Riigikantselei, lk 152
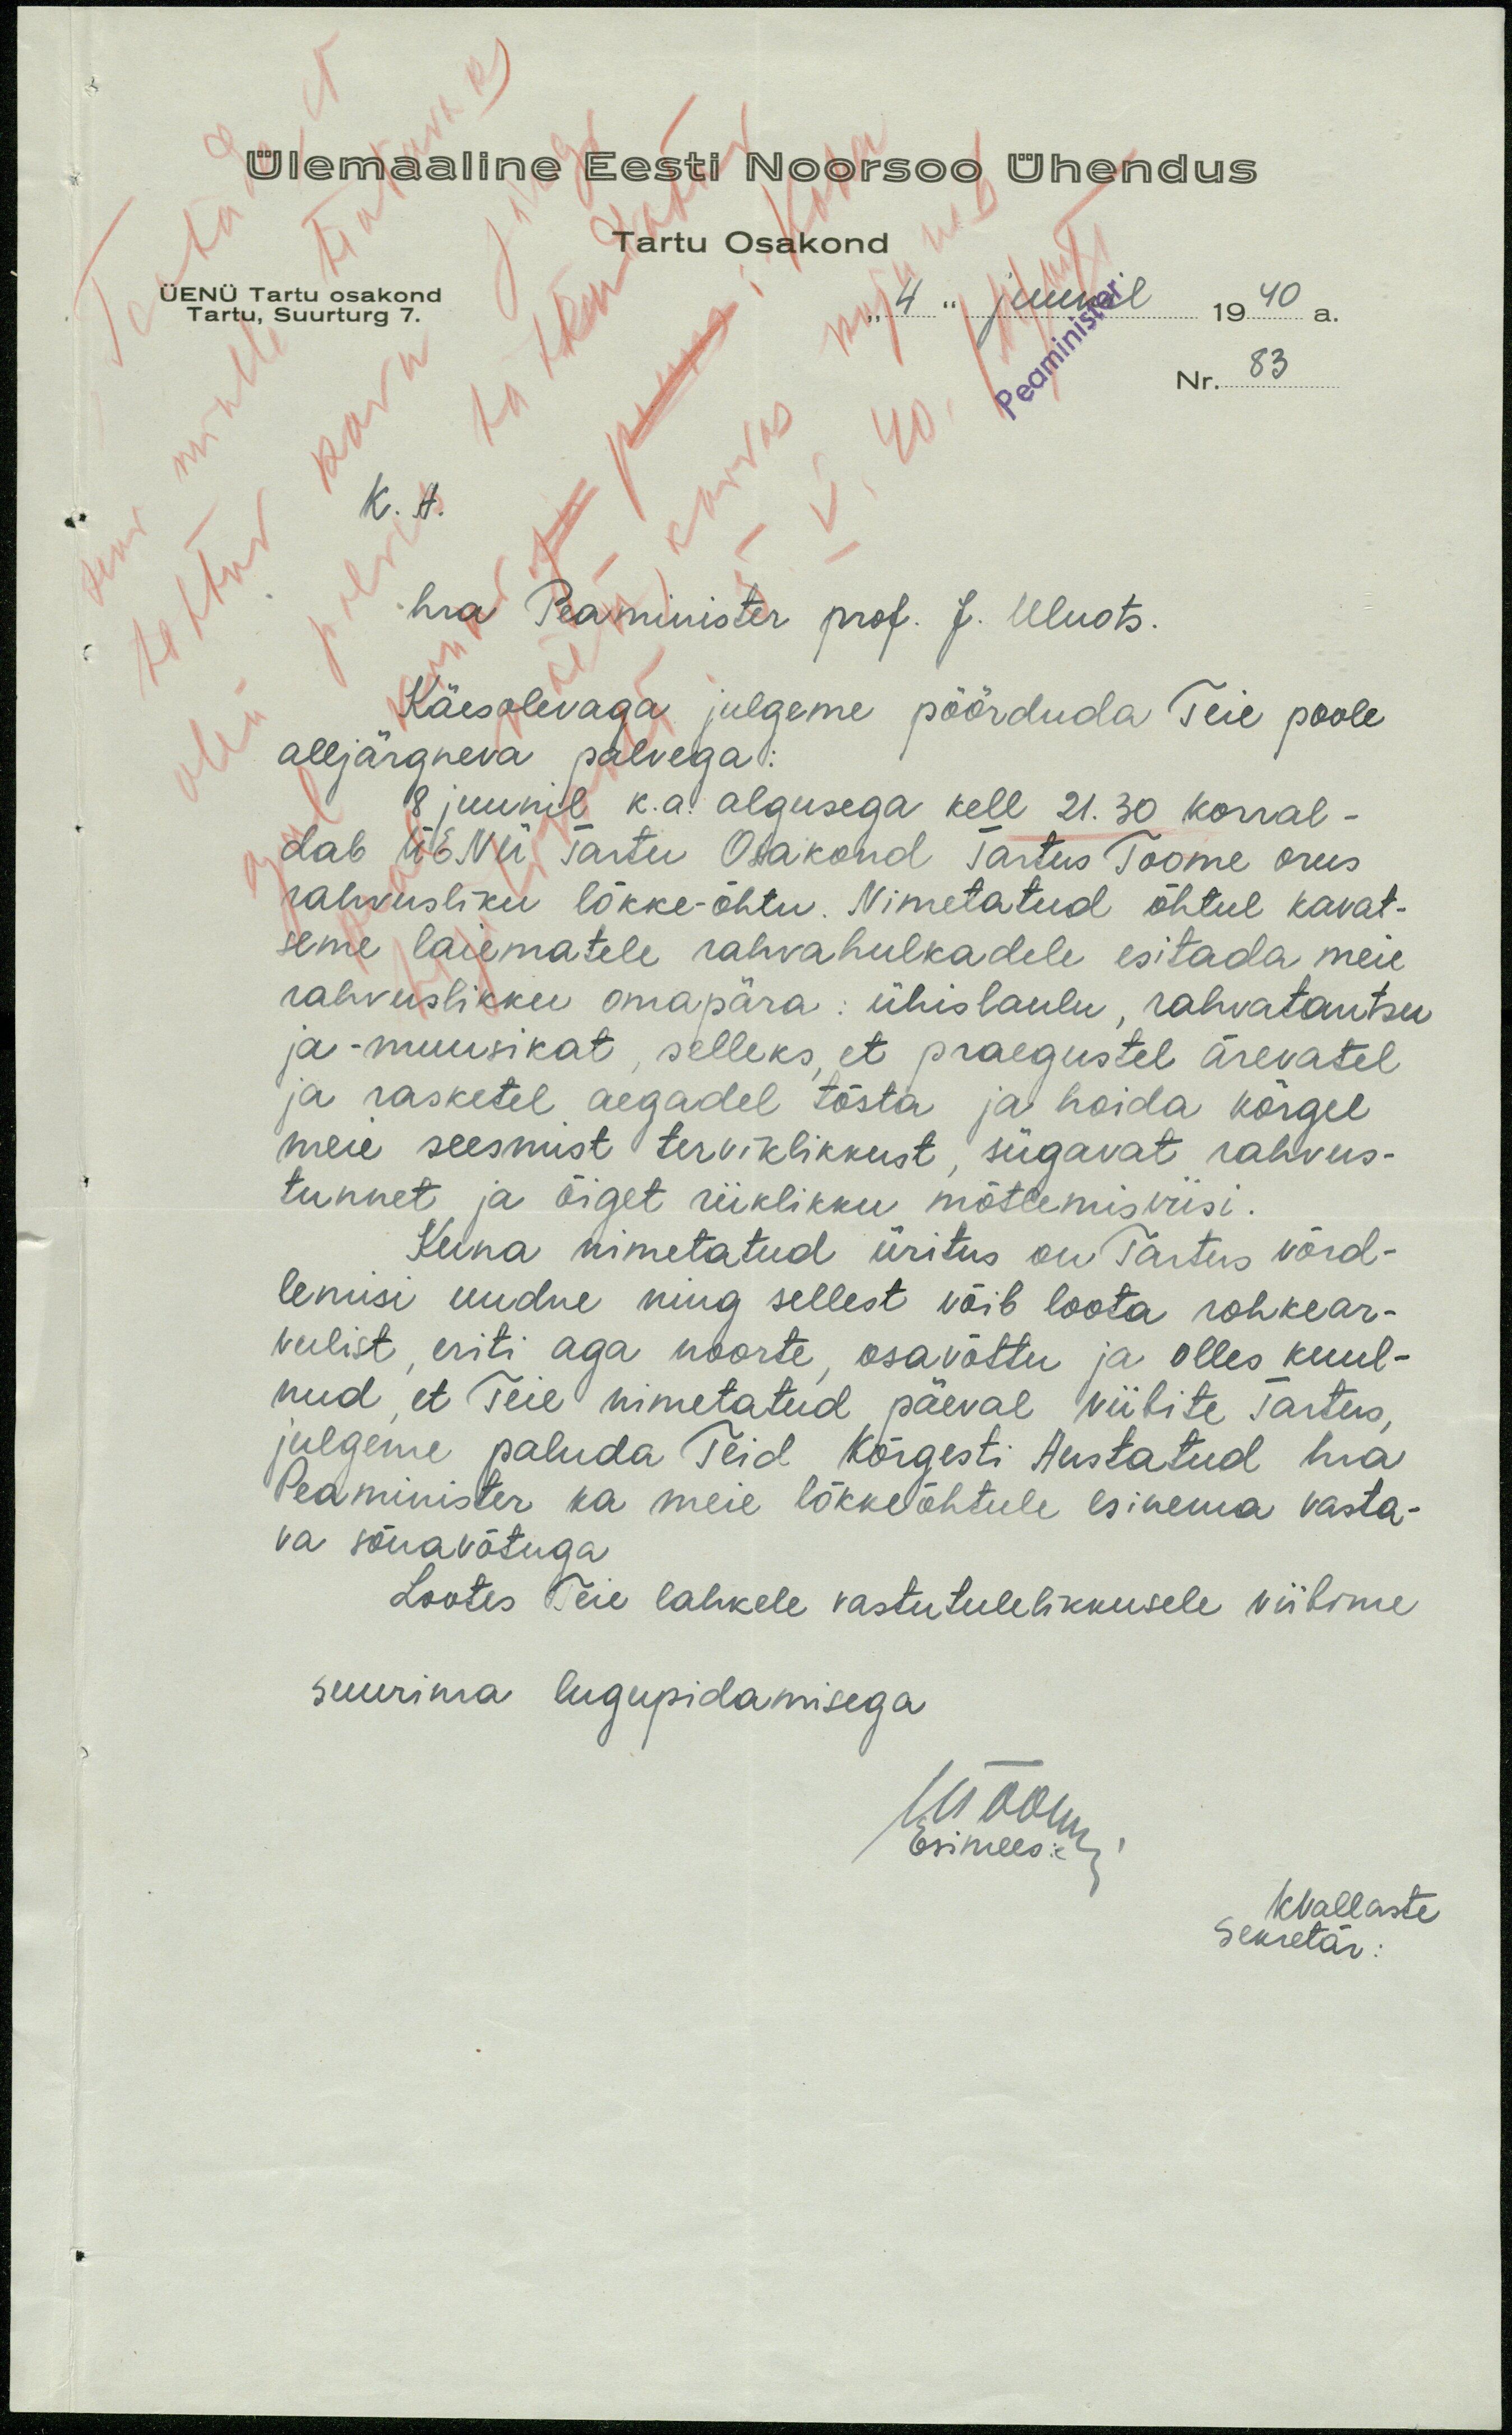
Ülemaaline Eesti Noorsoo Ühendus
Tartu Osakond
"4" juunil 1940 a.
ÜENÜ Tartu osakond
Tartu, Suurturg 7.
Nr. 83
K. A.
hra Peaminister prof. J. Uluots.
Käesolevaga julgeme pöörduda Teie poole
alljärgneva palvega:
18 juunil k.a. algusega kell 21.30 korral-
dab ÜENÜ Tartu Osakond Tartus Toome orus
rahvusliku lõkke-õhtu. Nimetatud õhtul kavat-
seme laiematele rahvahulkadele esitada meie
rahvuslikku omapära: ühislaulu, rahvatantsu
ja -muusikat, selleks, et praegustel ärevatel
ja rasketel aegadel tõsta ja hoida kõrgel
meie seesmist terviklikkust, sügavat rahvus-
tunnet ja õiget riiklikku mõtlemis viisi.
Kuna nimetatud üritus on Tartus võrd-
lemisi uudne ning sellest võib loota rohkear-
vulist, eriti aga noorte, osavõttu ja olles kuul-
nud, et Teie nimetatud päeval viibite Tartus,
julgeme paluda Teid Kõigesti Austatud hra
Peaminister ka meie lõkke õhtule esinema vasta-
va sõnavõtuga
Lootes Teie lahkele vastutulelikkusele viibime
suurima lugupidamisega
Esimees
KVallaste
Sekretär: